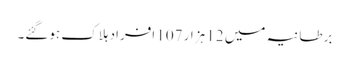
برطانیہ میں 12 ہزار 107 افراد ہلاک ہوگئے۔